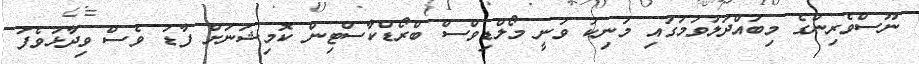
ނޫސްވެރިންގެ މިބައްދަލުވުމުގައި މަނިކު ވަނީ މޯލްޑިވްސް ބްރޯޑްކާސްޓިން ކޮމިޝަނަށް ފާޑު ވެސް ވިދާޅުވެފަ